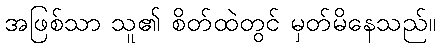
အဖြစ်သာ သူ၏ စိတ်ထဲတွင် မှတ်မိနေသည်။